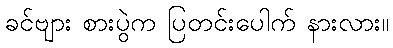
ခင်ဗျား စားပွဲက ပြတင်းပေါက် နားလား။